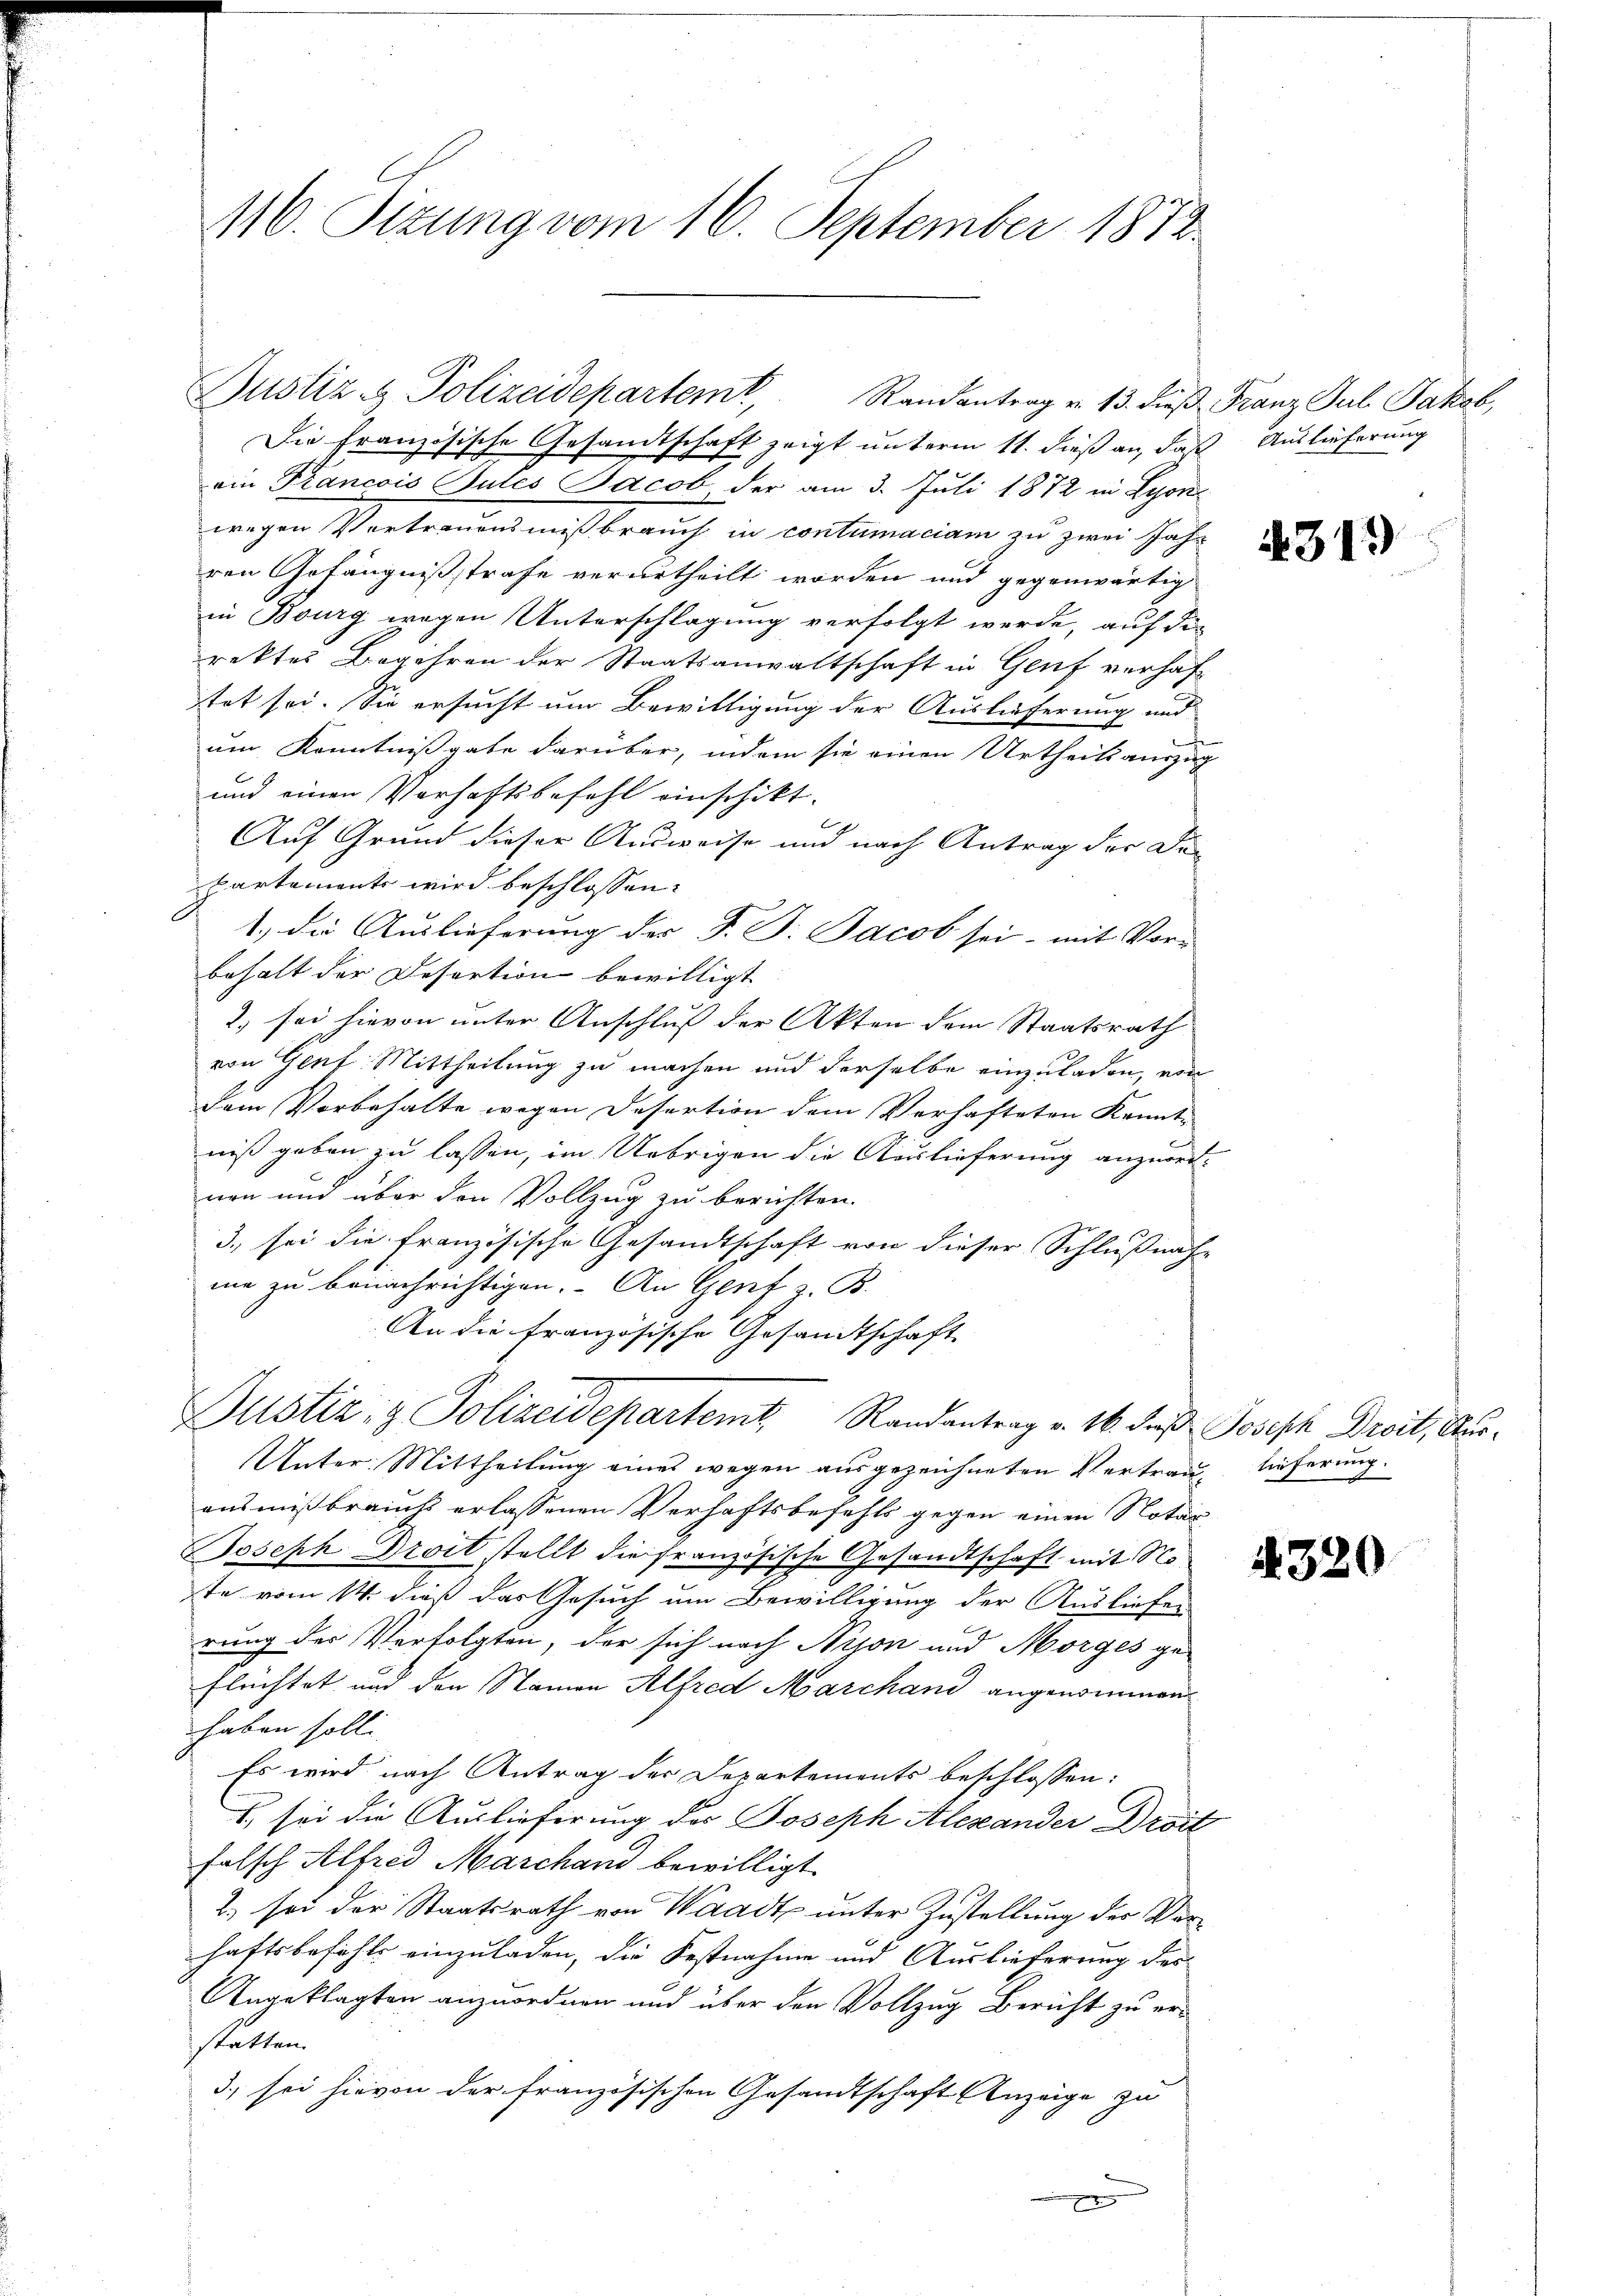
116. Sizung vom 16. September 1872.

Die Französische Gesandtschaft zeigt unterm 11. dieß an, daß Auslieferung
ein Francois Gutes Jacob, der am 3. Juli 1872 in Lyon
wegen Vertrauensmißbrauch in contumaciam zu zwei Jahr
ren Gefängnißstrafe verurtheilt worden und gegenwärtig
in Bourg wegen Unterschlagung verfolgt werde, auf die
rektes Begehren der Staatsanwaltschaft in Genf verhaftet sei. Sie ersucht um Bewilligung der Auslieferung und
um Kenntnißgabe darüber, indem sie einen Urtheilsauszug
und einen Verhaftsbefehl einschikt.
Auf Grund dieser Ausweise und nach Antrag der Departement wird beschlossen:
1.) die Auslieferung der F. J. Jacob sei, mit Vor-
behalt der Desertion bewilligt
2.) sei hievon unter Anschluß der Akten dem Staatsrath
von Genf Mittheilung zu machen und derselbe einzuladen, ein
dem Vorbehalte wegen Desertion dem Verhafteten Kennt-
niß geben zu lassen, im Uebrigen die Auslieferung anzuordnen und über den Vollzug zu berichten.
3., sei die französische Gesandtschaft von dieser Schlußnahe
me zu benachrichtigen. An Gent z. B.
An die französische Gesandtschaft
Dustiz- & Polizeidepartemt, Randantrag v. 16. daß Joseph Droit, Aus¬
Unter Mittheilung eines wegen ausgezeichneten Vertrau, lieferung.
ausmißbrauchs erlassenen Verhaftsbefehls gegen einen Notar
Joseph Droit stellt die französische Gesandtschaft mit No
te vom 14. dieß das Gesuch um Bewilligung der Ausliefer
rung der Verfolgten, der sich nach Nyon und Morges ge-
flüchtet und den Namen Alfred Marchand angenommen
haben solle
Es wird nach Antrag der Departements beschlossen:
) sei die Auslieferung der Joseph Alexander Droit
falsch Alfred Marchand bewilligt.
2.) sei der Staatsrath von Waadt unter Zustellung der Vorhaftsbefehls einzuladen, die Festnahme und Auslieferung des
Angeklagten anzuordnen und über den Vollzug Bericht zu erstatten.
3), sei hievon der französischen Gesandtschaft Anzeige zu

Justiz- & Polizeidepartemt, Randantrag u. 13. dieβ Franz Jul. Jakob,

319

4320